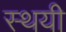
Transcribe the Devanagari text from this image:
स्थयी